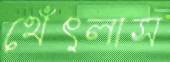
থেঁৎলাস